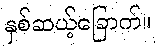
နှစ်ဆယ့်ခြောက်။